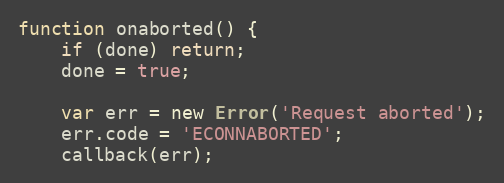
Language: JavaScript
function onaborted() {
    if (done) return;
    done = true;

    var err = new Error('Request aborted');
    err.code = 'ECONNABORTED';
    callback(err);